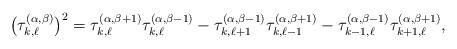
LaTeX: \begin{align*} \big(\tau_{k, \ell}^{ (\alpha, \beta)}\big)^{2}=\tau_{k, \ell}^{ (\alpha, \beta + 1)}\tau_{k, \ell}^{ (\alpha, \beta -1)}- \tau_{k, \ell + 1}^{(\alpha, \beta - 1)}\tau_{k, \ell - 1}^{ (\alpha, \beta +1)}-\tau_{k-1, \ell}^{(\alpha,\beta-1)}\tau_{k + 1, \ell}^{(\alpha, \beta + 1)} ,\end{align*}